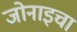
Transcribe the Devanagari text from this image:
जोनाइचा